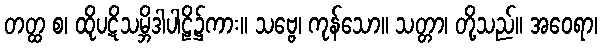
တတ္ထ စ၊ ထိုပဋိသမ္ဘိဒါပါဠိ၌ကား။ သဗ္ဗေ၊ ကုန်သော။ သတ္တာ၊ တို့သည်။ အဝေရာ၊